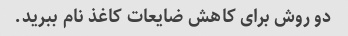
دو روش برای کاهش ضایعات کاغذ نام ببرید.